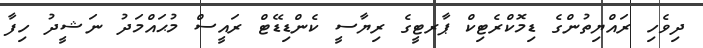
ދިވެހި ރައްޔިތުންގެ ޑިމޮކްރެޓިކް ޕާރޓީގެ ރިޔާސީ ކެންޑިޑޭޓް ރައީސް މުޙައްމަދު ނަޝީދު ހިފާ